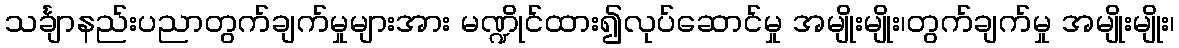
သင်္ချာနည်းပညာတွက်ချက်မှုများအား မဏ္ဍိုင်ထား၍လုပ်ဆောင်မှု အမျိုးမျိုး၊တွက်ချက်မှု အမျိုးမျိုး၊